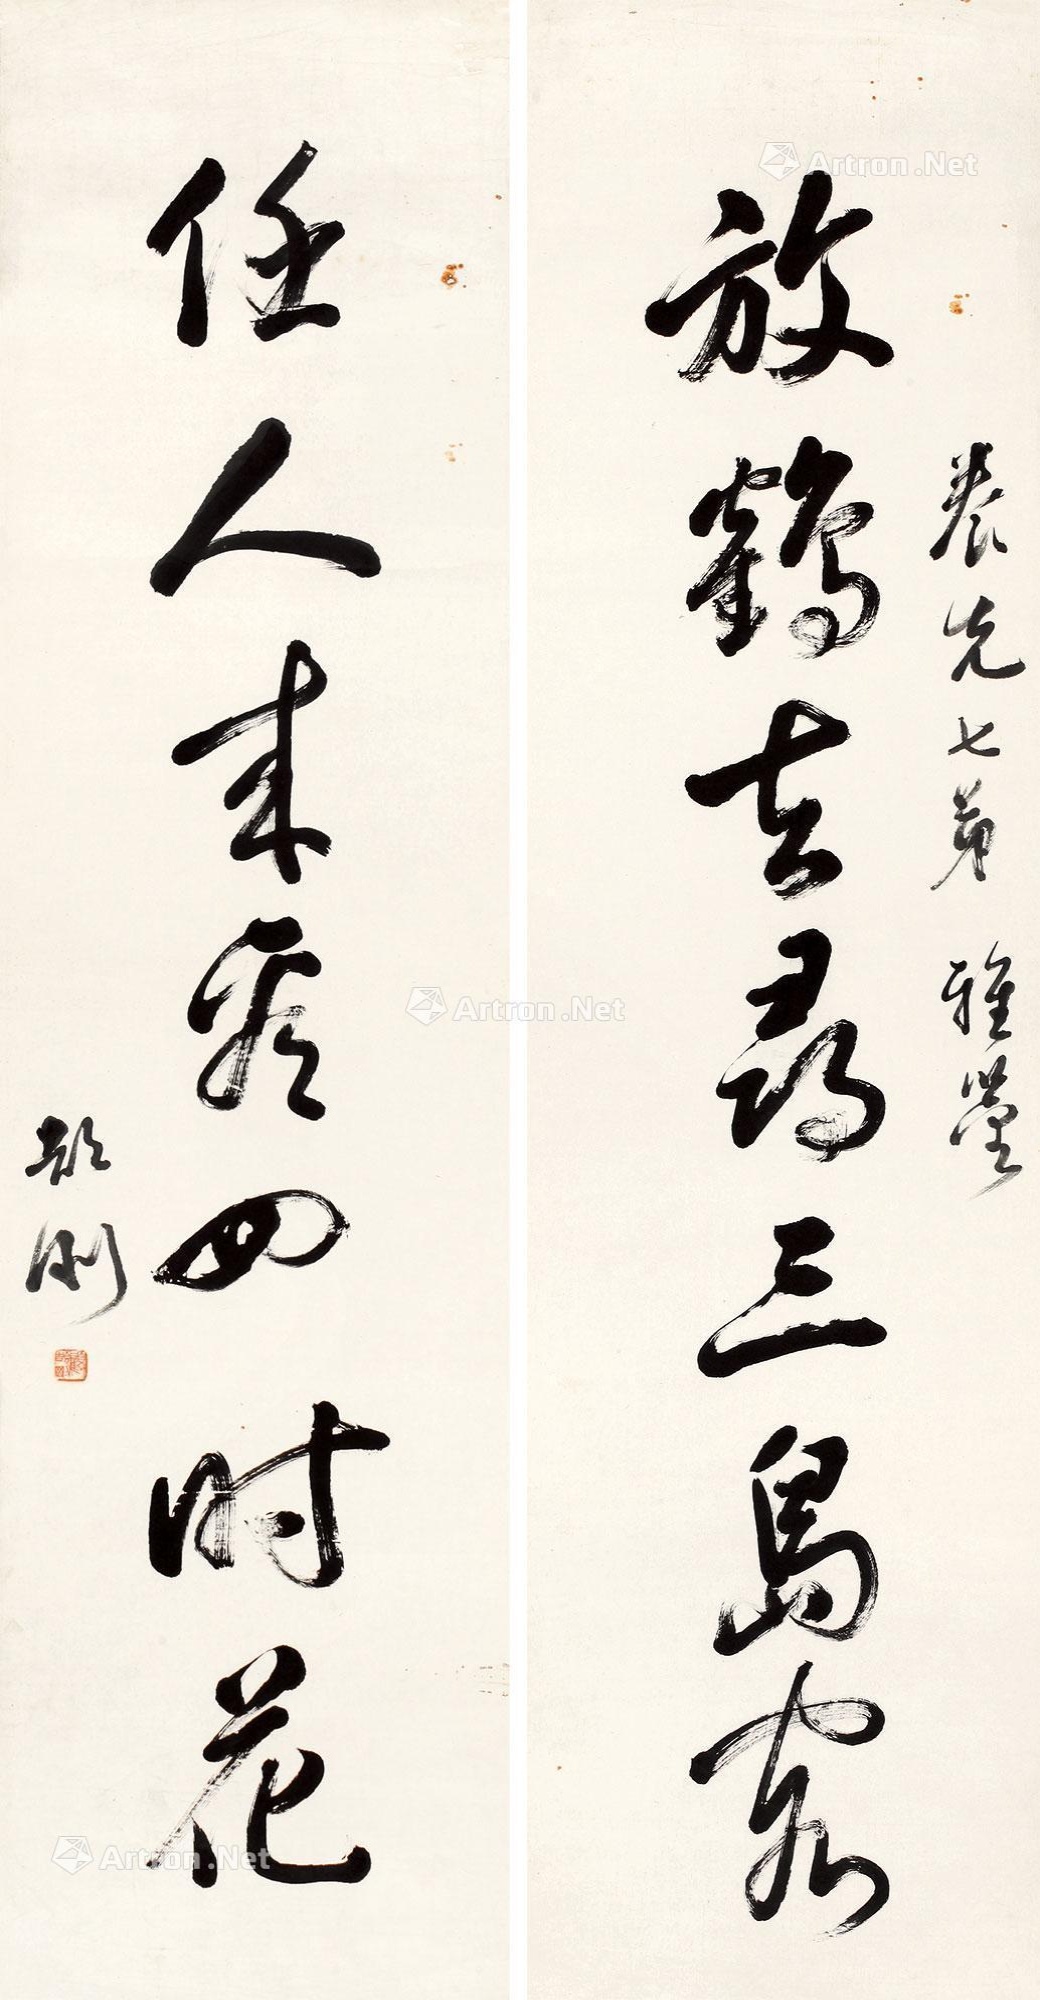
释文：放鹤去寻三岛客，任人来看四时花。养先七弟雅鉴，颉刚。